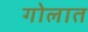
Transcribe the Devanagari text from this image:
गोलात